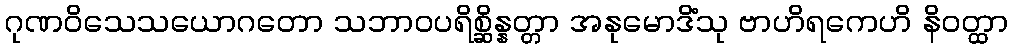
ဂုဏဝိသေသယောဂတော သဘာဝပရိစ္ဆိန္နတ္တာ အနုမောဒိံသု ဗာဟိရကေဟိ နိဝတ္ထာ